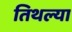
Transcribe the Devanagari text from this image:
तिथल्या